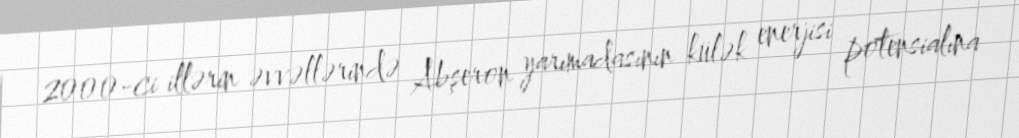
2000-ci illərin əvvəllərində Abşeron yarımadasının külək enerjisi potensialına